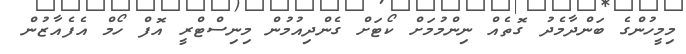
މިމީހުންގެ ބަންދާމެދު ގޮތެއް ނިންމުމަށް ކޯޓަށް ގެންދިއުމުން މިނިސްޓްރީ އޮފް ހޯމް އެފެއާޒުން